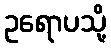
ဥရောပသို့